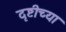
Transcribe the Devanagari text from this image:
दृष्टीच्या